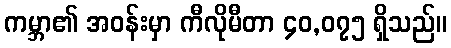
ကမ္ဘာ၏ အဝန်းမှာ ကီလိုမီတာ ၄၀,၀၇၅ ရှိသည်။